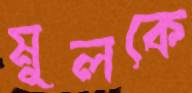
মূলকে